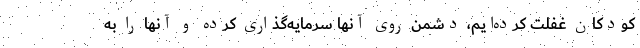
کودکان غفلت کرده‌ایم، دشمن روی آنها سرمایه‌گذاری کرده و آنها را به